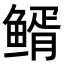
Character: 𩾊